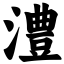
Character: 澧